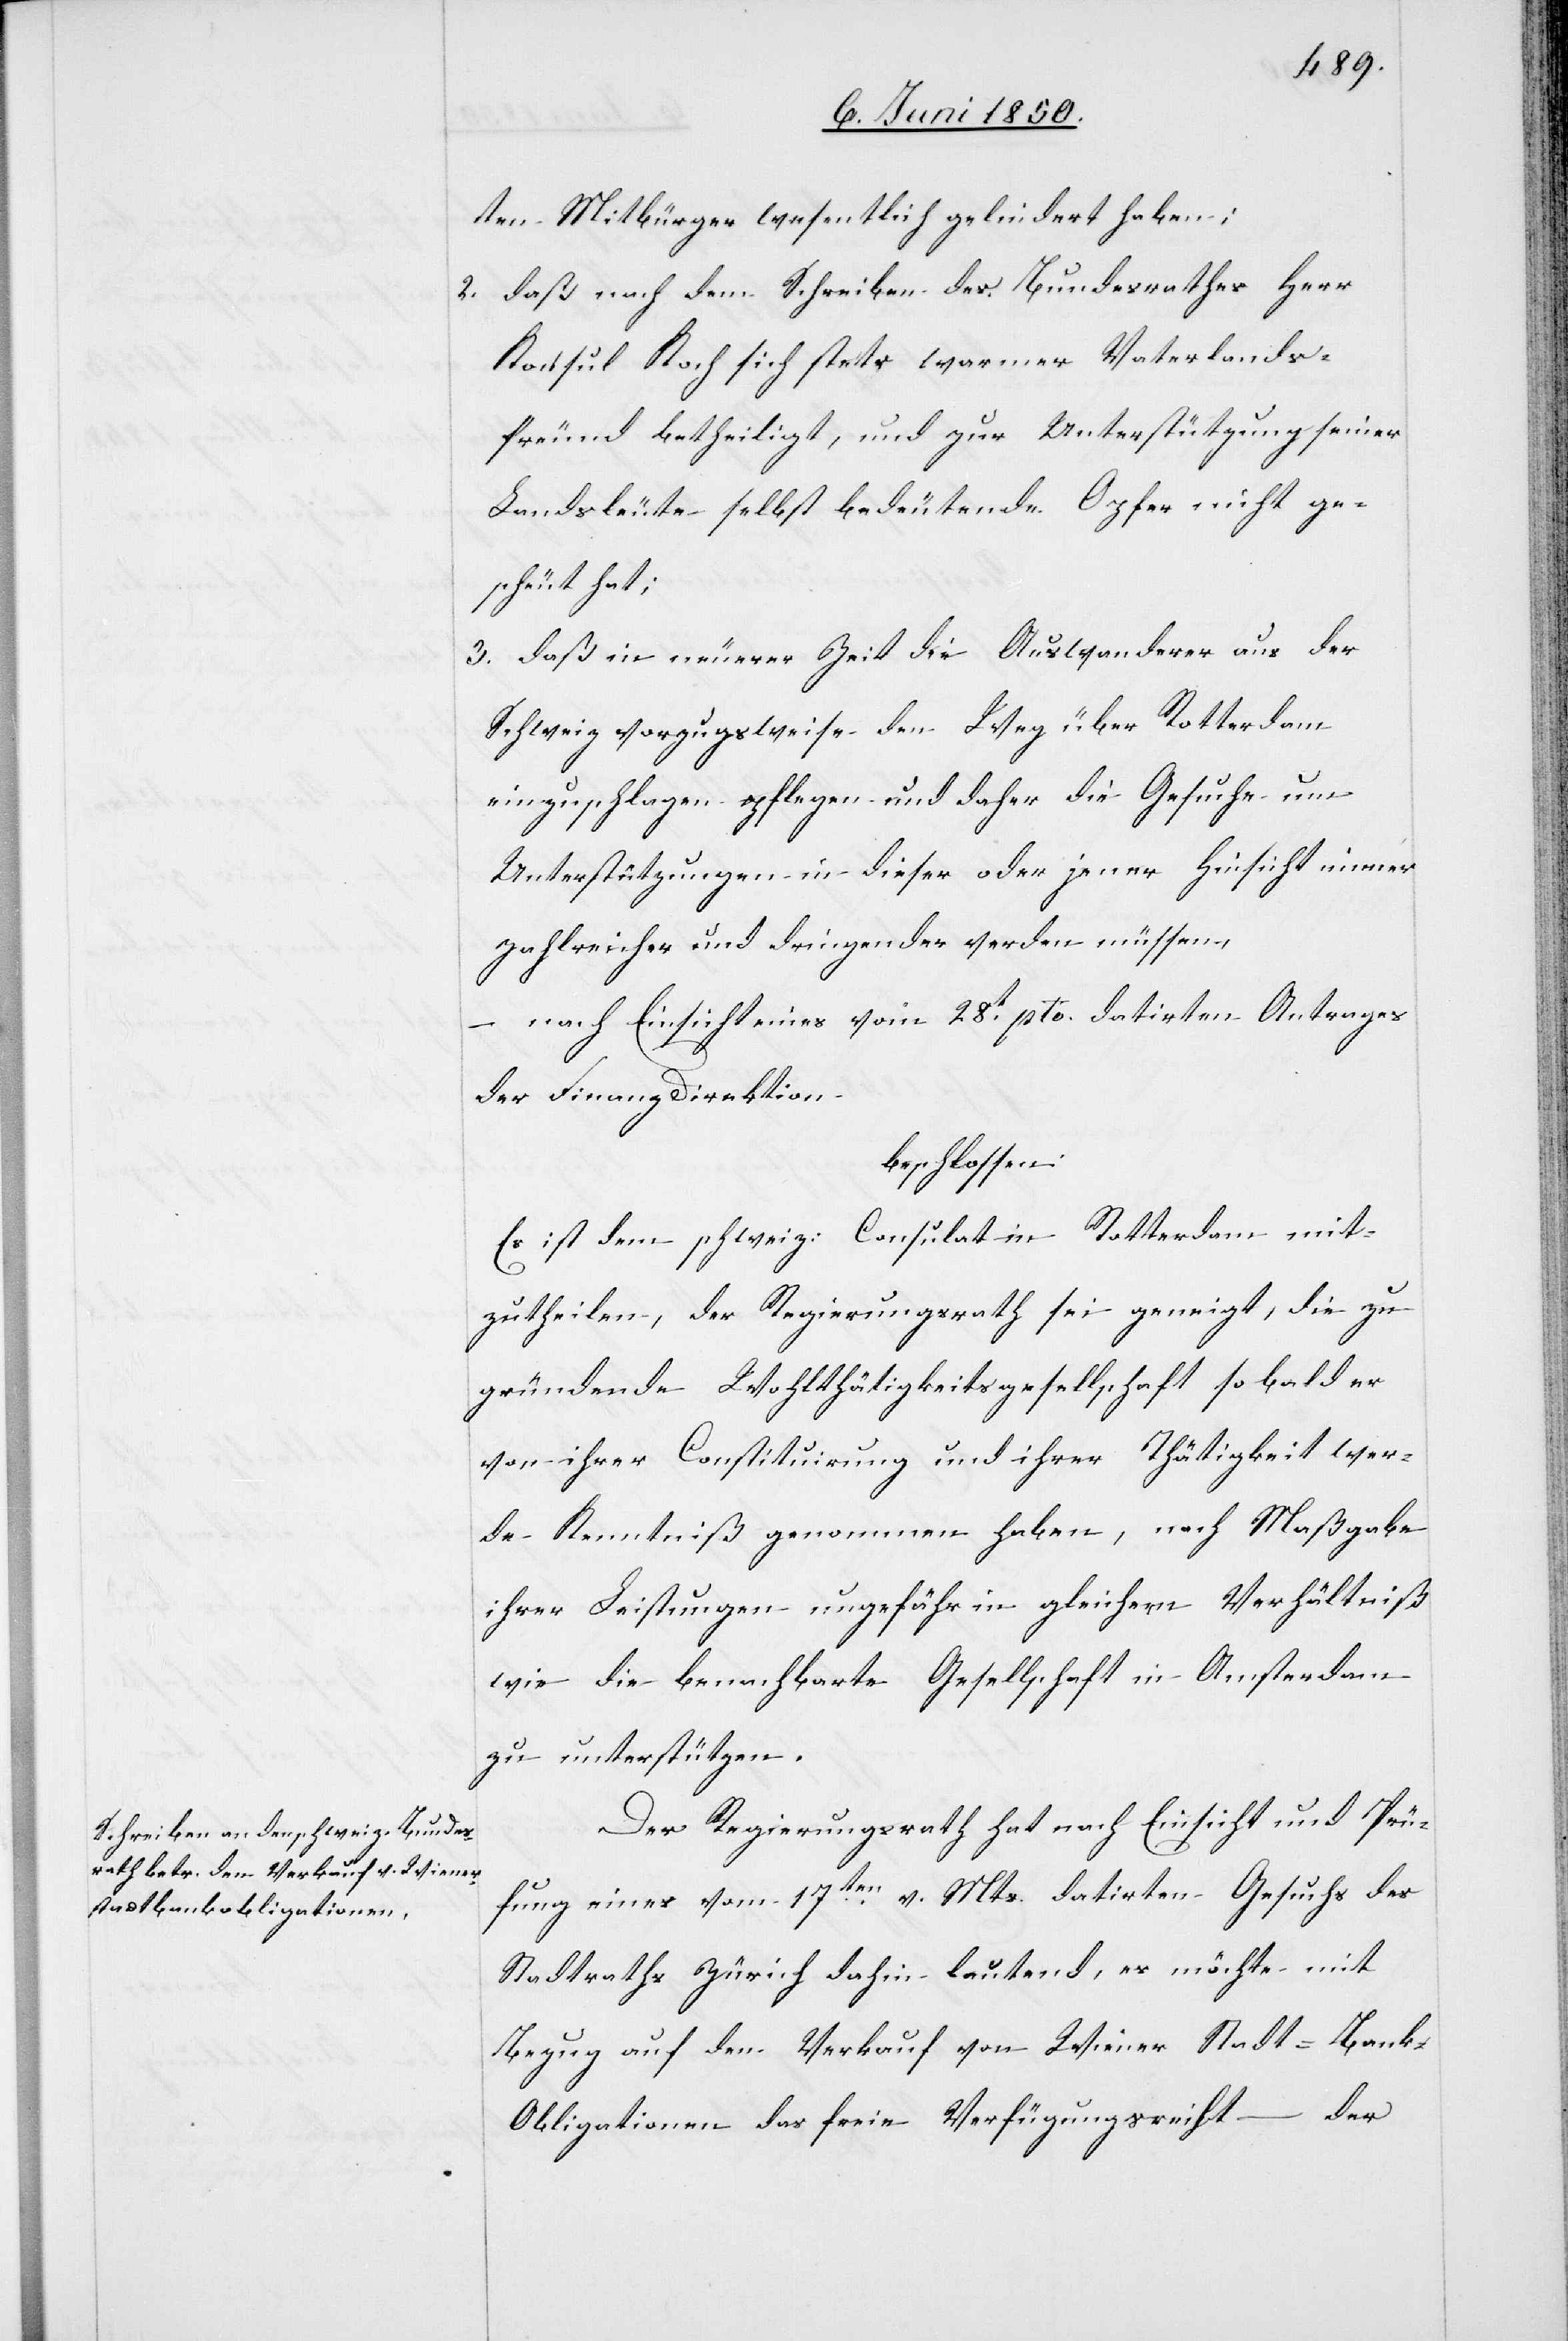
ten Mitbürger wesentlich gelindert haben;
2. daß nach dem Schreiben des Bundesrathes Herr
Konsul Koch sich stetr warmer Vaterlands¬
freund betheiligt, und zur Unterstützung seiner
Landsleute selbst bedeutende Opfer nicht ge¬
scheut hat;
3. daß in neuerer Zeit die Auswanderer aus der
Schweiz vorzugsweise den Weg über Rotterdam
einzuschlagen pflegen und daher die Gesuche um
Unterstützungen in dieser oder jener Hinsicht immer
zahlreicher und dringender verden [sic!]
– nach Einsicht eines vom 28t pto. datirten Antrages
der Finanzdirektion
beschlossen:
Es ist dem schweiz: Consulat in Rotterdam mit¬
zutheilen, der Regierungsrath sei geneigt, die zu
gründende Wohlthätigkeitsgesellschaft sobald er
von ihrer Constituirung und ihrer Thätigkeit wer¬
de Kenntniß genommen haben, nach Maßgabe
ihrer Leistungen ungefähr in gleichem Verhältniß
wie die benachbarte Gesellschaft in Amsterdam
zu unterstützen.
Der Regierungsrath hat nach Einsicht und Prü¬
fung eines vom 17ten v. Mts. datirten Gesuchs des
Stadtraths Zürich dahin lautend, es möchte mit
Bezug auf den Verkauf von Wiener Stadt-Bank-O¬
bligationen das freie Verfügungsrecht der